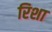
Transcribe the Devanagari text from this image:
रिशा